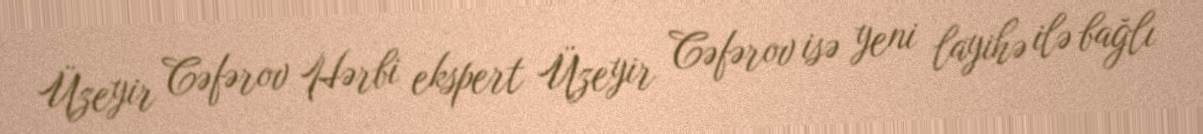
Üzeyir Cəfərov Hərbi ekspert Üzeyir Cəfərov isə yeni layihə ilə bağlı